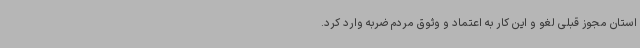
استان مجوز قبلی لغو و این کار به اعتماد و وثوق مردم ضربه وارد کرد.